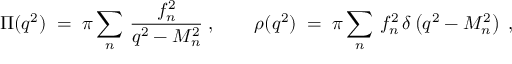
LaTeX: \Pi ( q ^ { 2 } ) \; = \; \pi \sum _ { n } \, \frac { f _ { n } ^ { 2 } } { q ^ { 2 } - M _ { n } ^ { 2 } } \; , \qquad \rho ( q ^ { 2 } ) \; = \; \pi \sum _ { n } \, f _ { n } ^ { 2 } \, \delta \left( q ^ { 2 } - M _ { n } ^ { 2 } \right) \; ,